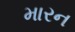
મારન